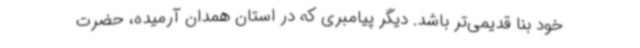
خود بنا قدیمی‌تر باشد. دیگر پیامبری که در استان همدان آرمیده، حضرت